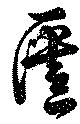
匱